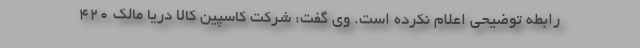
رابطه توضیحی اعلام نکرده است. وی گفت: شرکت کاسپین کالا دریا مالک 420